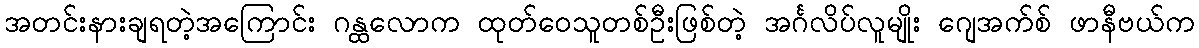
အတင်းနားချရတဲ့အကြောင်း ဂန္ထလောက ထုတ်ဝေသူတစ်ဦးဖြစ်တဲ့ အင်္ဂလိပ်လူမျိုး ဂျေအက်စ် ဖာနီဗယ်က